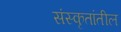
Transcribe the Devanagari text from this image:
संस्कृतांतील